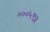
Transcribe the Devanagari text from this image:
०००५९३